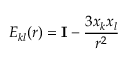
E _ { k l } ( r ) = { \bf I } - \frac { 3 x _ { k } x _ { l } } { r ^ { 2 } }